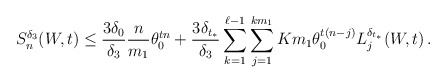
\begin{align*}S_n^{\delta_3}(W,t)\le \frac{3 \delta_0}{\delta_3} \frac{n}{m_1} \theta_0^{t n} + \frac{3 { \delta_{t_*} } }{\delta_3} \sum_{k=1}^{\ell-1} \sum_{j=1}^{km_1} { Km_1 } \theta_0^{t (n -j)} L_j^{\delta_{t_*}}(W,t) \, .\end{align*}